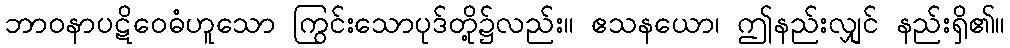
ဘာဝနာပဋိဝေဓံဟူသော ကြွင်းသောပုဒ်တို့၌လည်း။ ဧသနယော၊ ဤနည်းလျှင် နည်းရှိ၏။